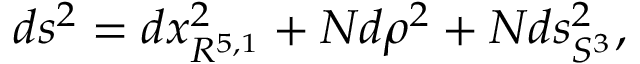
d s ^ { 2 } = d x _ { R ^ { 5 , 1 } } ^ { 2 } + N d \rho ^ { 2 } + N d s _ { S ^ { 3 } } ^ { 2 } ,